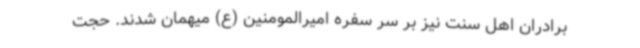
برادران اهل سنت نیز بر سر سفره امیرالمومنین (ع) میهمان شدند. حجت